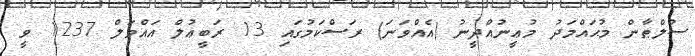
ސުލްޠާން މުޙައްމަދު މުޢީނުއްދީނު (އެއްވަނަ) ރަސްކަމުގައި 13 ރަބީޢުލް އައްވަލް 1237 ވީ